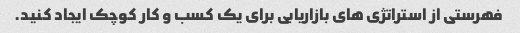
فهرستی از استراتژی های بازاریابی برای یک کسب و کار کوچک ایجاد کنید.